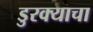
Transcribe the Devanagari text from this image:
डुरक्याचा